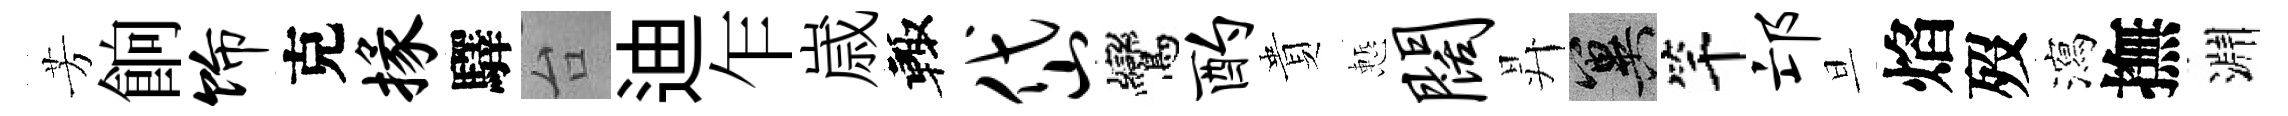
芳餉饰克掾驛台迪乍𡻕輙岱鸞酌貴慙阔昇冀竿邙旦焰歿瀉撫淵